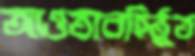
আওতাবহির্ভূত